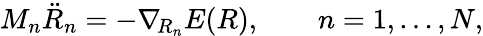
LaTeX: M_{n}\ddot{R}_{n}=-\nabla_{\! R_{n}}E(R),\qquad n=1,\dots,N,